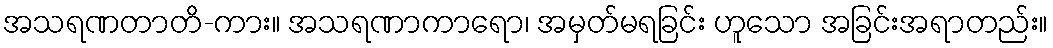
အသရဏတာတိ-ကား။ အသရဏာကာရော၊ အမှတ်မရခြင်း ဟူသော အခြင်းအရာတည်း။